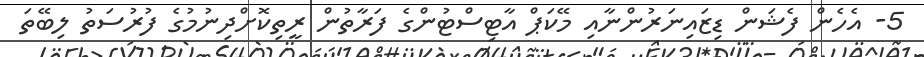
5- އެހެން ފެޝަން ޑިޒައިނަރުންނާއި މޭކަޕް އާޓިސްޓުންގެ ފަރާތުން ރީތިކޮށްދިނުމުގެ ފުރުސަތު ލިބޭތަ